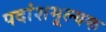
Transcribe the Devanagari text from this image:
पदांशमूल्यक